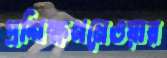
প্রশিক্ষণনেওয়ার